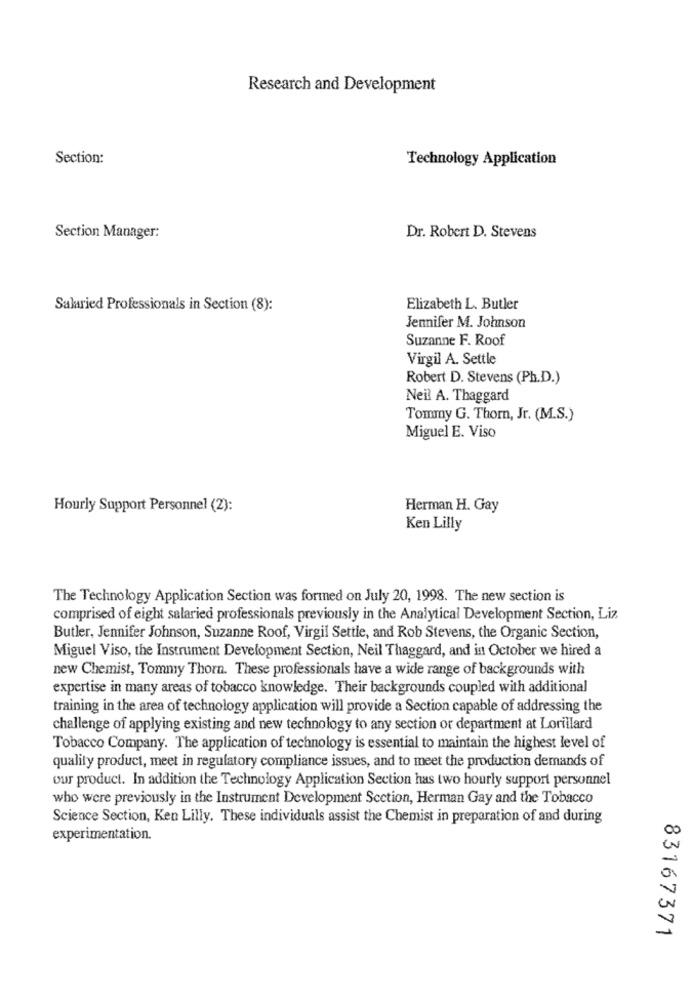
Research and Development
Section:
Technology Application
Section Manager:
Dr. Robert D. Stevens
Salaried Professionals in Section (8):
Elizabeth L. Butler
Jennifer M. Johnson
Suzanne F. Roof
Virgil A. Settle
Robert D. Stevens (Ph.D.)
Neil A. Thaggard
Tommy G. Thorn, Jr. (M.S.)
Miguel E. Viso
Hourly Support Personnel (2):
Herman H. Gay
Ken Lilly
The Technology Application Section was formed on July 20, 1998. The new section is
comprised of eight salaried professionals previously in the Analytical Development Section, Liz
Butler, Jennifer Johnson, Suzanne Roof, Virgil Settle, and Rob Stevens, the Organic Section,
Miguel Viso, the Instrument Development Section, Neil Thaggard, and in October we hired a
new Chemist, Tommy Thorn. These professionals have a wide range of backgrounds with
expertise in many areas of tobacco knowledge. Their backgrounds coupled with additional
training in the area of technology application will provide a Section capable of addressing the
challenge of applying existing and new technology to any section or department at Lorillard
Tobacco Company. The application of technology is essential to maintain the highest level of
quality product, meet in regulatory compliance issues, and to meet the production demands of
our product. In addition the Technology Application Section has two hourly support personnel
who were previously in the Instrument Development Scetion, Herman Gay and the Tobacco
Science Section, Ken Lilly. These individuals assist the Chemist in preparation of and during
experimentation.
83167371